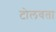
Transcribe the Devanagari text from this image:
टोलवता